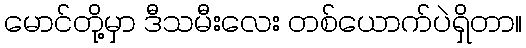
မောင်တို့မှာ ဒီသမီးလေး တစ်ယောက်ပဲရှိတာ။